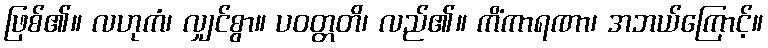
ဖြစ်၏။ လဟုကံ၊ လျှင်စွာ။ ပဝတ္တတိ၊ လည်၏။ ကိံကာရဏာ၊ အဘယ်ကြောင့်။